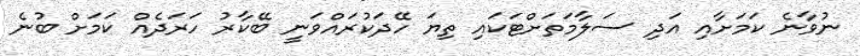
ނުވާނެ ކަމަށާއި އަދި ސަލާމަތަށްޓަކައި ތިޔަ ހޭދަކުރައްވަނީ ބޭކާރު ހަރަދެއް ކަމަށް ބުނެ